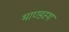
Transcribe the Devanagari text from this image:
भाण्डस्थं